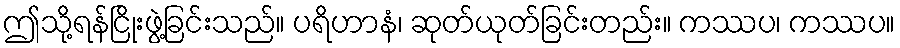
ဤသို့ရန်ငြိုးဖွဲ့ခြင်းသည်။ ပရိဟာနံ၊ ဆုတ်ယုတ်ခြင်းတည်း။ ကဿပ၊ ကဿပ။